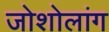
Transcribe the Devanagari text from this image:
जोशोलांग